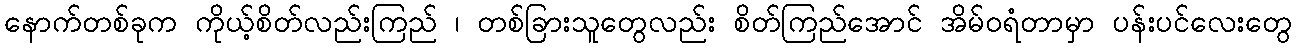
နောက်တစ်ခုက ကိုယ့်စိတ်လည်းကြည် ၊ တစ်ခြားသူတွေလည်း စိတ်ကြည်အောင် အိမ်ဝရံတာမှာ ပန်းပင်လေးတွေ